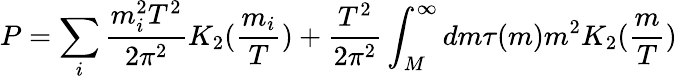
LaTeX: P=\sum_{i}{\frac{m_{i}^{2}T^{2}}{2\pi^{2}}}K_{2}({\frac{m_{i}}{T}})+{\frac{T^{2}}{2\pi^{2}}}\int_{M}^{\infty}dm\tau(m)m^{2}K_{2}({\frac{m}{T}})